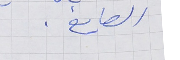
الصايغ .